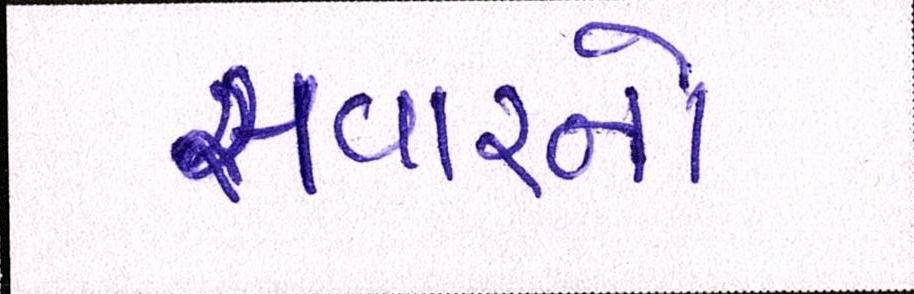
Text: સવારનો